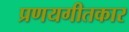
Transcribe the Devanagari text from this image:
प्रणयगीतकार